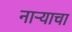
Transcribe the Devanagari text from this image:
नाऱ्याचा